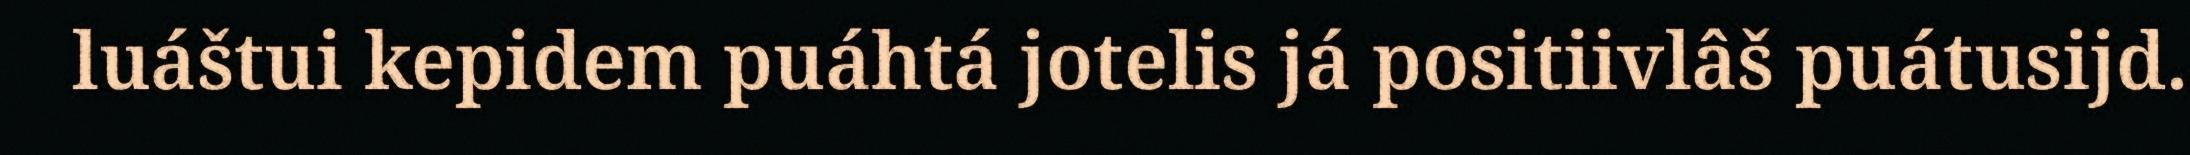
luáštui kepidem puáhtá jotelis já positiivlâš puátusijd.